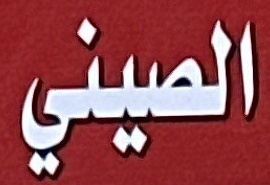
الصیني